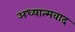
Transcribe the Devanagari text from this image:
अध्‍यात्‍मवाद